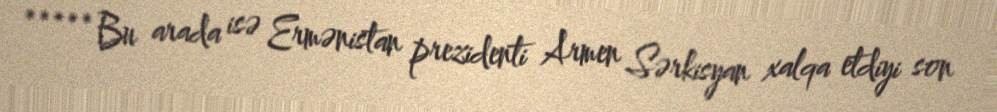
***** Bu arada isə Ermənistan prezidenti Armen Sərkisyan xalqa etdiyi son